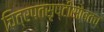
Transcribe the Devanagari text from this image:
चित्रपतसृष्टीसोबतच